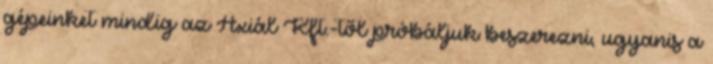
gépeinket mindig az Axiál Kft.-től próbáljuk beszerezni, ugyanis a